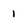
Character: 1